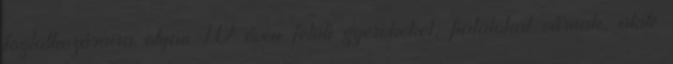
foglalkozásaira olyan 10 éven felüli gyerekeket, fiatalokat várnak, akik